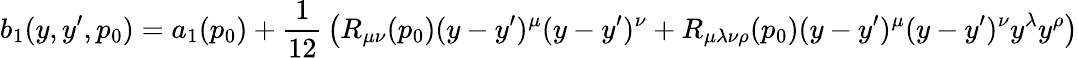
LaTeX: b_{1}(y,y^{\prime},p_{0})=a_{1}(p_{0})+{\frac{1}{12}}\left(R_{\mu\nu}(p_{0})(y-y^{\prime})^{\mu}(y-y^{\prime})^{\nu}+R_{\mu\lambda\nu\rho}(p_{0})(y-y^{\prime})^{\mu}(y-y^{\prime})^{\nu}y^{\lambda}y^{\rho}\right)